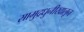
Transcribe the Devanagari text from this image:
सामुद्रधुनीखालून